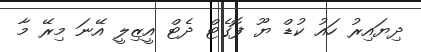
ދިޔައިރު ހައު ކުޑް ޔޫ ފޮގެޓް ދެޓް އީޒިލީ އޭނަ މިރޭ މާ